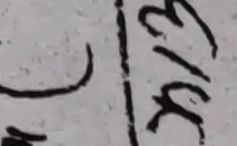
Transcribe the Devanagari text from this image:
| मकि